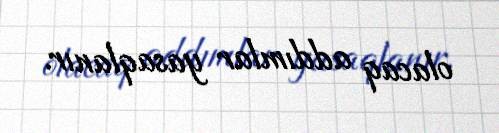
olacaq addımlar yasaqlanır.